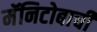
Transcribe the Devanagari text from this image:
मॅनिटोबाची